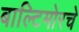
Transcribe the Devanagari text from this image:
बाल्टिमोरचे